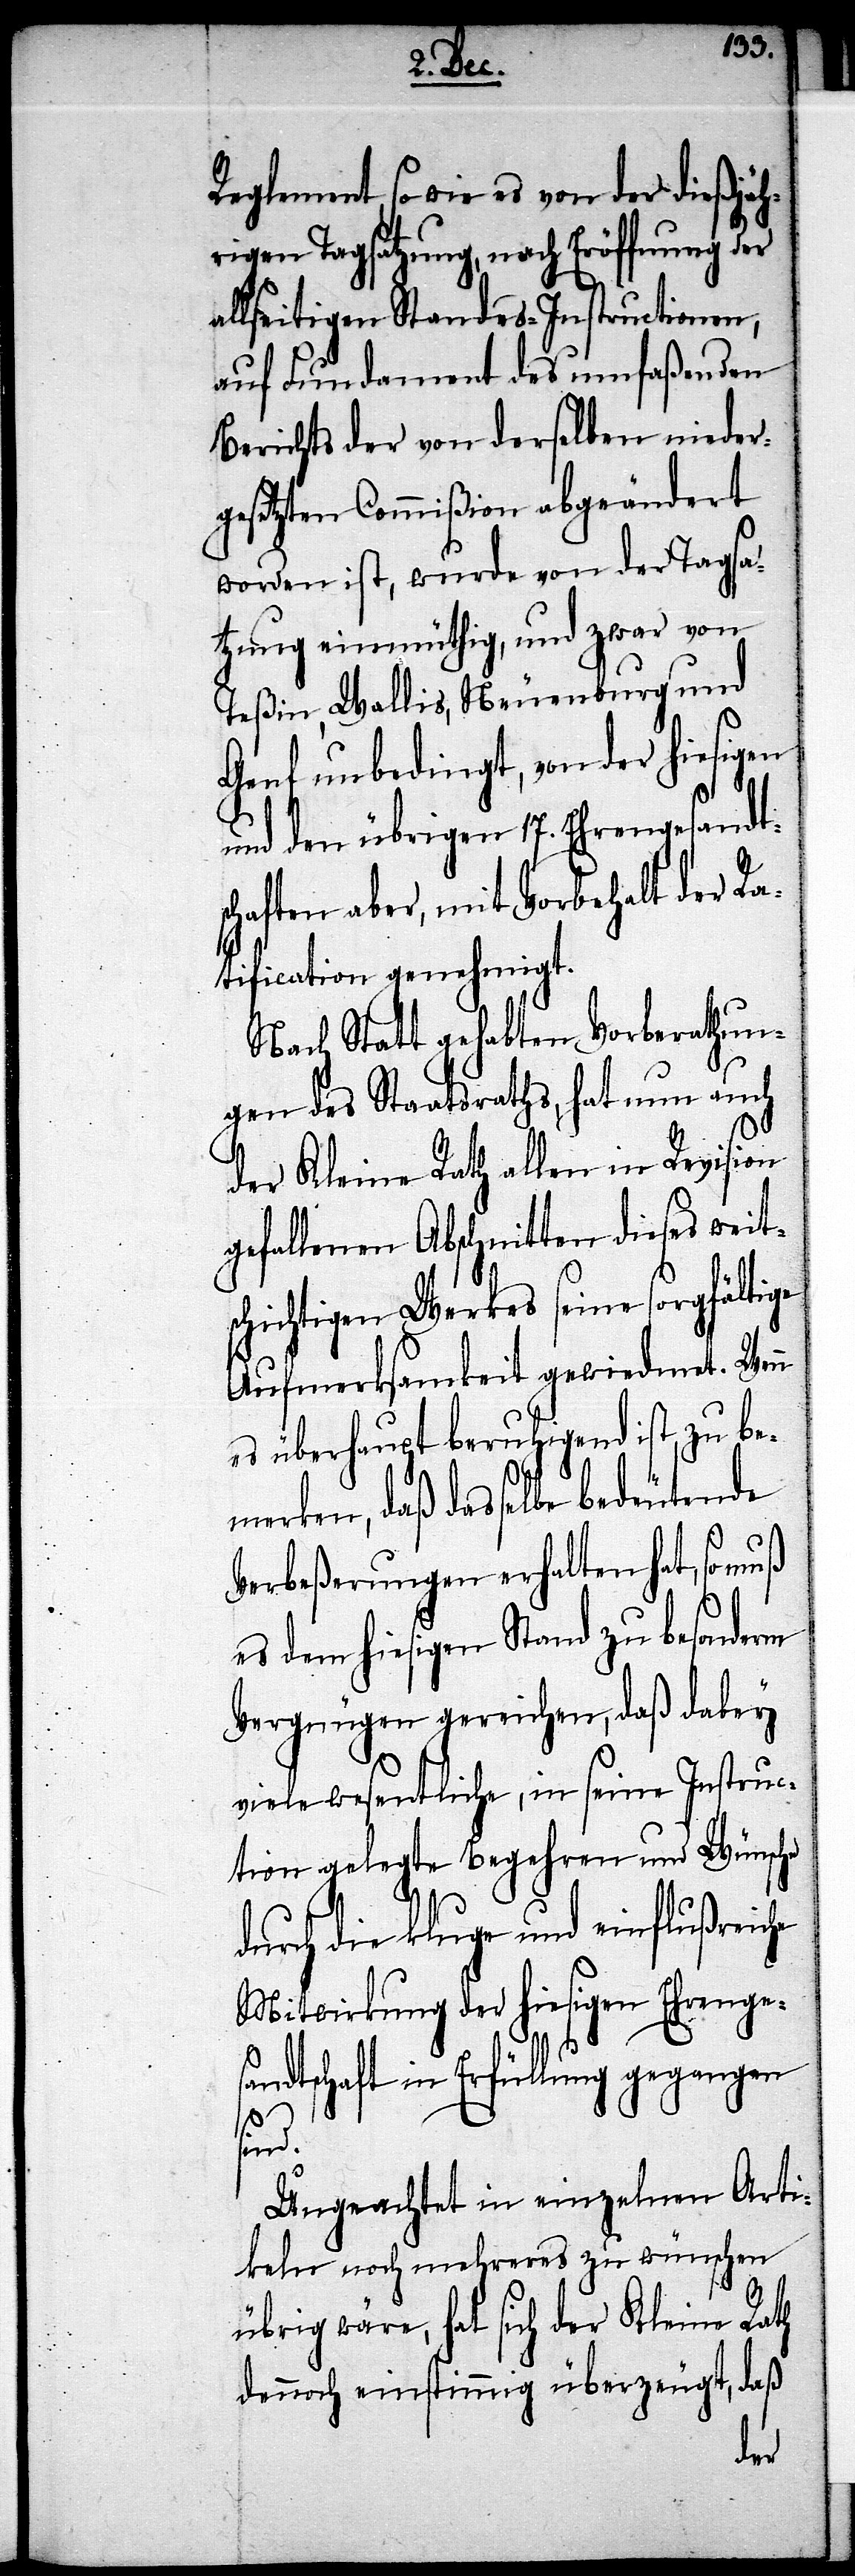
Reglement, so wie es von der dießjäh¬
rigen Tagsatzung, nach Eröffnung der
allseitigen Standes-Instructionen,
auf Fundament des umfaßenden
Berichts der von derselben nieder¬
gesetzten Commißion abgeändert
worden ist, wurde von der Tagsat¬
zung einmüthig, und zwar von
Teßin, Wallis, Neuenburg und
Genf unbedingt, von der hiesigen
und den übrigen 17. Ehrengesandt¬
schaften aber, mit Vorbehalt der Ra¬
tification genehmigt.
Nach Statt gehabten Vorberathun¬
gen des Staatsraths, hat nun auch
der Kleine Rath allen in Revision
gefallenen Abschnitten dieses weit¬
schichtigen Werkes seine sorgfältige
Aufmerksamkeit gewiedmet. Wenn
es überhaupt beruhigend ist zu be¬
merken, daß dasselbe bedeutende
Verbeßerungen erhalten hat, so muß
es dem hiesigen Stand zu besonderm
Vergnügen gereichen, daß dabey
viele wesentliche, in seine Instruc¬
tion gelegte Begehren und Wünsche
durch die kluge und einflußreiche
Mitwirkung der hiesigen Ehrenge¬
sandtschaft in Erfüllung gegangen
sind.
Ungeachtet in einzelnen Arti¬
keln noch mehreres zu wünschen
übrig wäre, hat sich der Kleine Rath
dennoch einstimmig überzeugt, daß